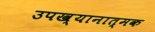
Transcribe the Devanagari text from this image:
उपख्यानात्मक